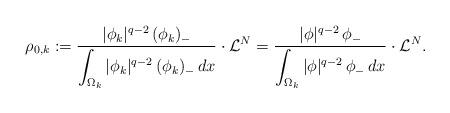
LaTeX: \begin{align*}\rho_{0,k}:=\frac{|\phi_k|^{q-2}\,(\phi_k)_-}{\displaystyle\int_{\Omega_k}|\phi_k|^{q-2}\,(\phi_k)_-\,dx}\cdot\mathcal{L}^N=\frac{|\phi|^{q-2}\,\phi_-}{\displaystyle\int_{\Omega_k}|\phi|^{q-2}\,\phi_-\,dx}\cdot\mathcal{L}^N.\end{align*}